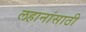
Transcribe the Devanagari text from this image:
लहानांसाठी